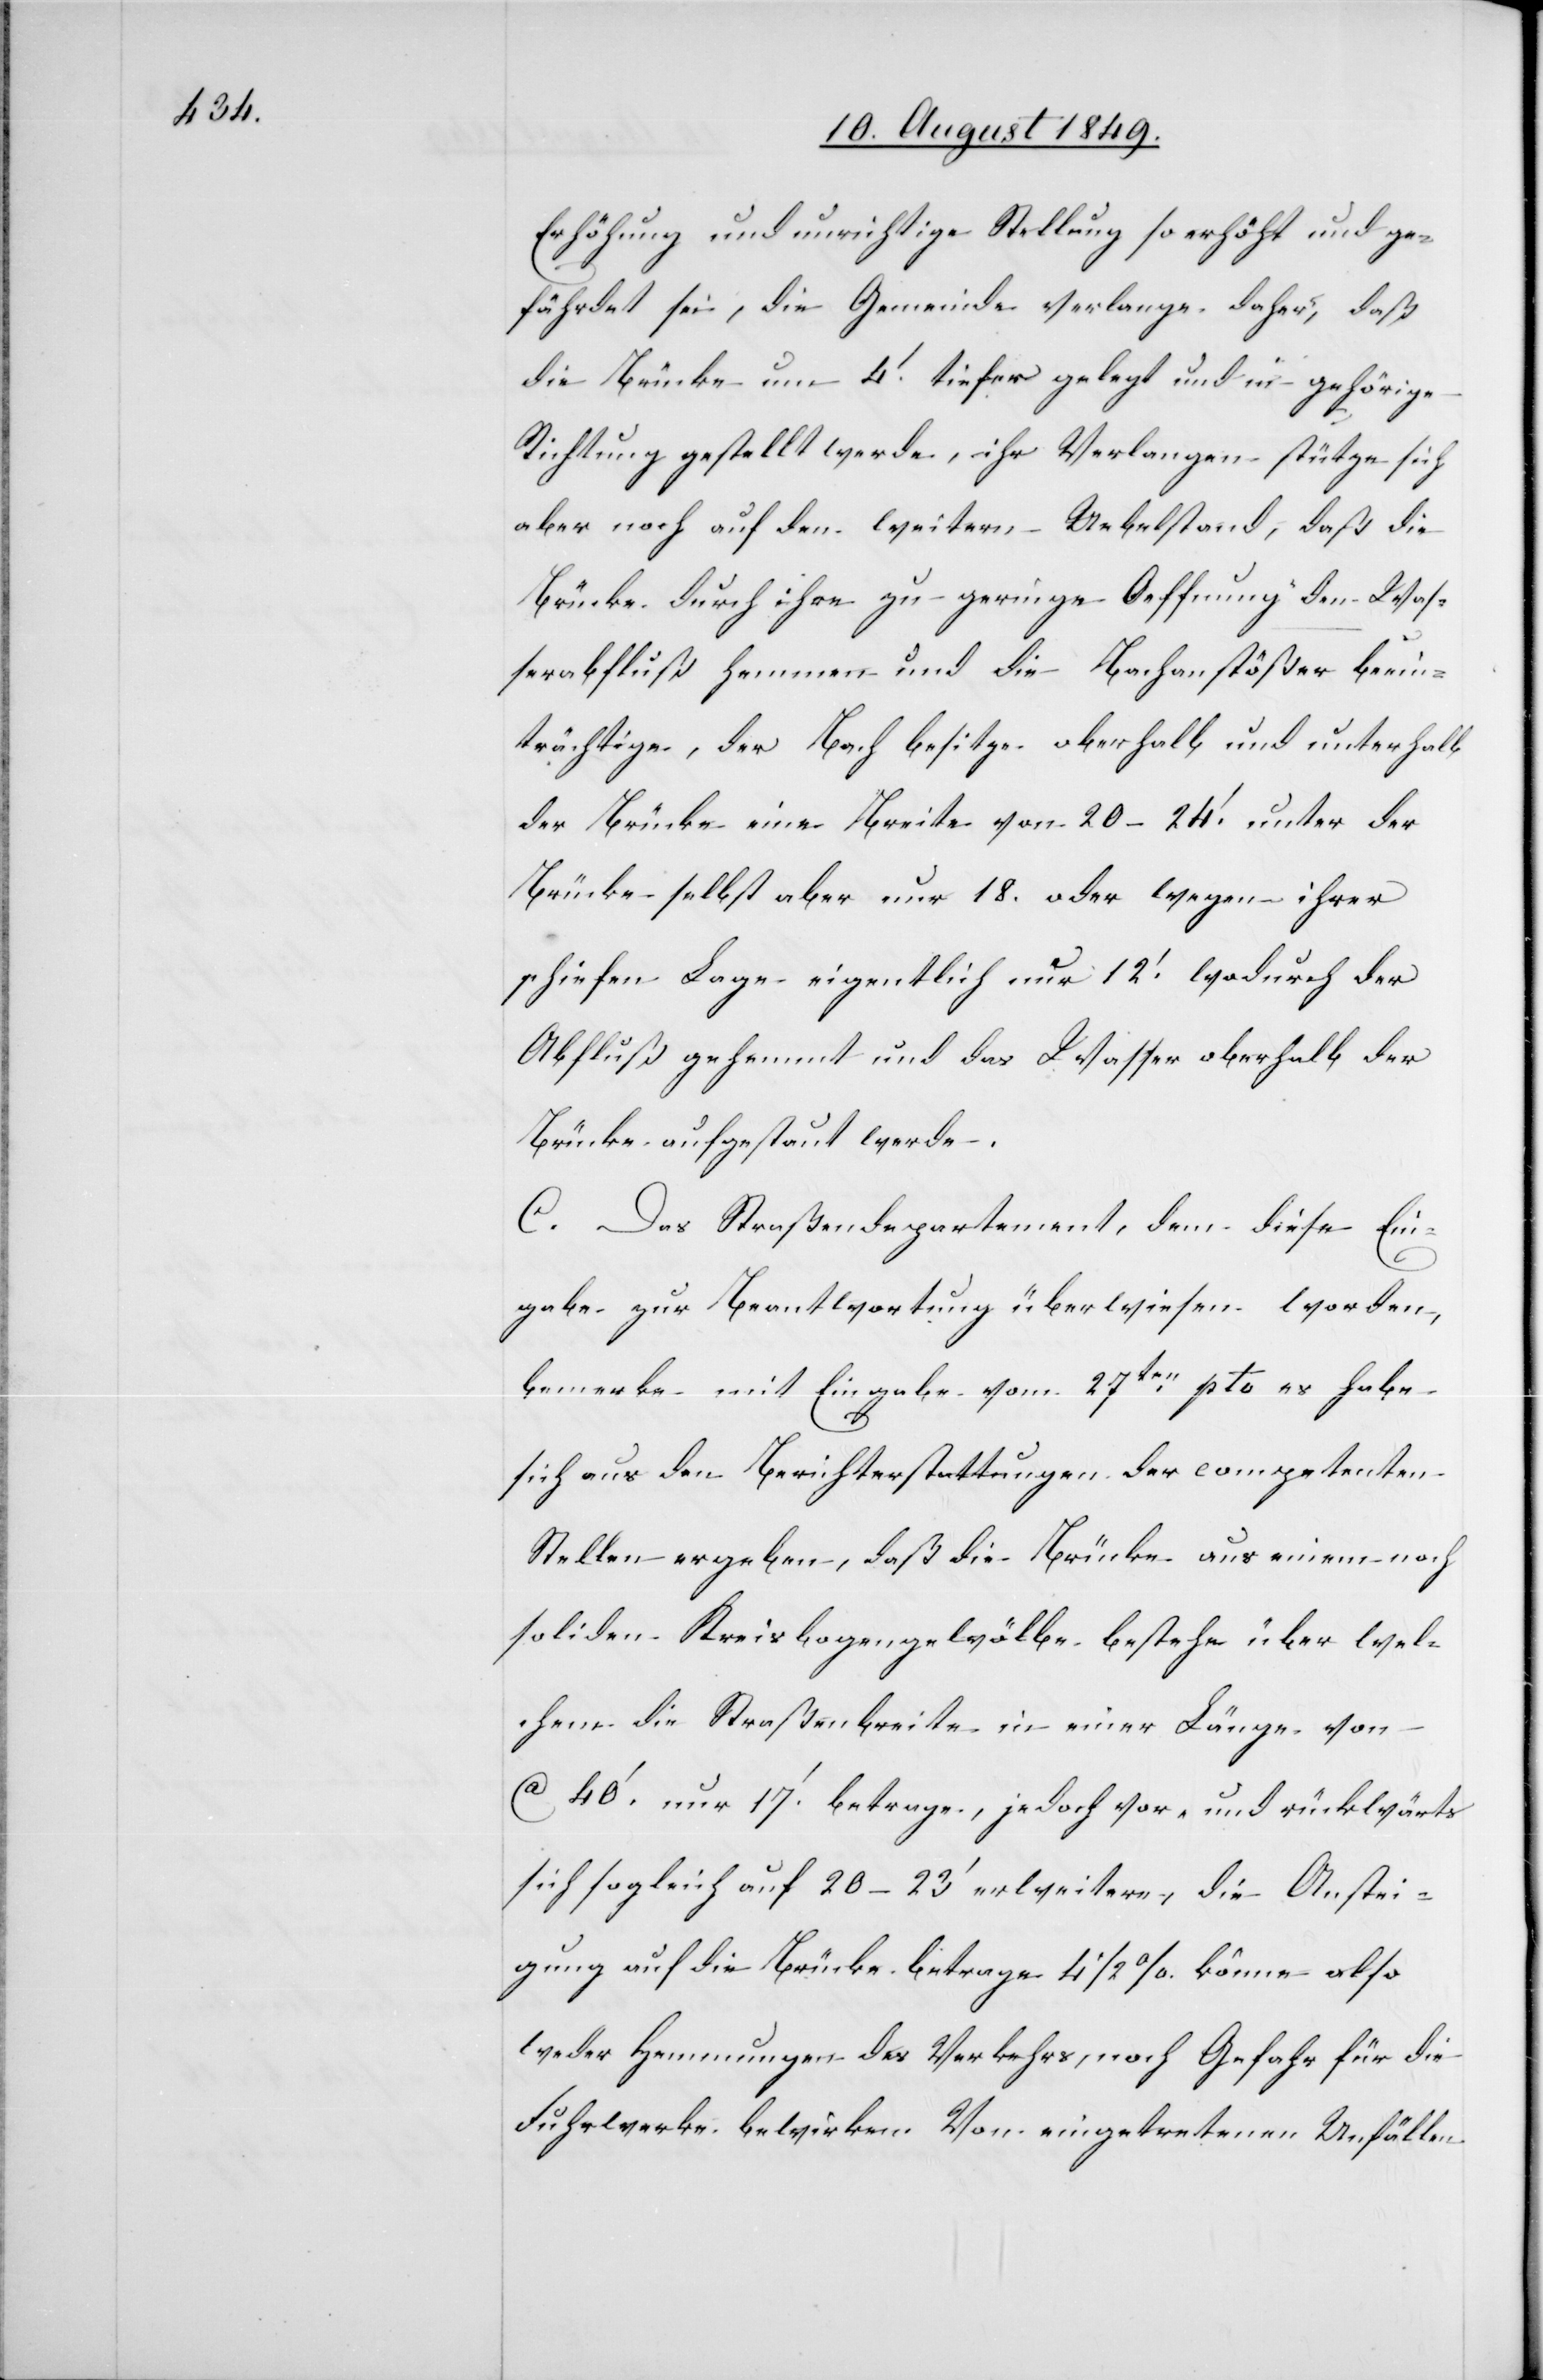
Erhöhung und unrichtige Stellung so erhöht und ge¬
fährdet sei, die Gemeinde verlange daher, daß
die Brücke um 4‘. tiefer gelegt und in gehörige
Richtung gestellt werde, ihr Verlangen stütze sich
aber noch auf den weitern Uebelstand, daß die
Brücke durch ihre zu geringe Oeffnung den Was¬
serabfluß hemmen und die Bachanstößer beein¬
trächtige, der Bach besitze oberhalb und unterhalb
der Brücke eine Breite von 20–24‘. unter der
Brücke selbst aber nur 18. oder wegen ihrer
schiefen Lage eigentlich nur 12‘. wodurch der
Abfluß gehemmt und das Wasser oberhalb der
Brücke aufgestaut werde.
C. Das Straßendepartement, dem diese Ein¬
gabe zur Beantwortung überwiesen worden,
bemerke mit Eingabe vom 27ten pto es habe
sich aus den Berichterstattungen der competenten
Stellen ergeben, daß die Brücke aus einem noch
soliden Kreisbogengewölbe bestehe über wel¬
chem die Straßenbreite in einer Länge von
ca 40‘. nur 17‘ betrage, jedoch vor- und rückwärts
sich sogleich auf 20–23‘ erweitere, die Anstei¬
gung auf die Brücke betrage 41/2% könne also
weder Hemmungen des Verkehrs, noch Gefahr für die
Fuhrwerke bewirken. Von eingetretenen Unfällen